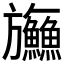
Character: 𬀤